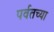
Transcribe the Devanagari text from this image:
पर्वतच्या